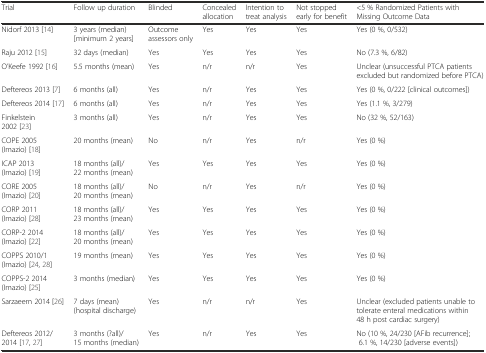
<table><thead><tr><td><b>Trial</b></td><td><b>Follow up duration</b></td><td><b>Blinded</b></td><td><b>Concealed allocation</b></td><td><b>Intention to treat analysis</b></td><td><b>Not stopped early for benefit</b></td><td><b>&lt;5 % Randomized Patients with Missing Outcome Data</b></td></tr></thead><tbody><tr><td>Nidorf 2013 [14]</td><td>3 years (median) [minimum 2 years]</td><td>Outcome assessors only</td><td>Yes</td><td>Yes</td><td>Yes</td><td>Yes (0 %, 0/532)</td></tr><tr><td>Raju 2012 [15]</td><td>32 days (median)</td><td>Yes</td><td>Yes</td><td>Yes</td><td>Yes</td><td>No (7.3 %, 6/82)</td></tr><tr><td>O’Keefe 1992 [16]</td><td>5.5 months (mean)</td><td>Yes</td><td>n/r</td><td>n/r</td><td>Yes</td><td>Unclear (unsuccessful PTCA patients excluded but randomized before PTCA)</td></tr><tr><td>Deftereos 2013 [7]</td><td>6 months (all)</td><td>Yes</td><td>n/r</td><td>Yes</td><td>Yes</td><td>Yes (0 %, 0/222 [clinical outcomes])</td></tr><tr><td>Deftereos 2014 [17]</td><td>6 months (all)</td><td>Yes</td><td>n/r</td><td>Yes</td><td>Yes</td><td>Yes (1.1 %, 3/279)</td></tr><tr><td>Finkelstein 2002 [23]</td><td>3 months (all)</td><td>Yes</td><td>n/r</td><td>Yes</td><td>Yes</td><td>No (32 %, 52/163)</td></tr><tr><td>COPE 2005 (Imazio) [18]</td><td>20 months (mean)</td><td>No</td><td>n/r</td><td>Yes</td><td>n/r</td><td>Yes (0 %)</td></tr><tr><td>ICAP 2013 (Imazio) [19]</td><td>18 months (all)/ 22 months (mean)</td><td>Yes</td><td>Yes</td><td>Yes</td><td>Yes</td><td>Yes (0 %)</td></tr><tr><td>CORE 2005 (Imazio) [20]</td><td>18 months (all)/ 20 months (mean)</td><td>No</td><td>n/r</td><td>Yes</td><td>n/r</td><td>Yes (0 %)</td></tr><tr><td>CORP 2011 (Imazio) [28]</td><td>18 months (all)/ 23 months (mean)</td><td>Yes</td><td>Yes</td><td>Yes</td><td>Yes</td><td>Yes (0 %)</td></tr><tr><td>CORP-2 2014 (Imazio) [22]</td><td>18 months (all)/ 20 months (mean)</td><td>Yes</td><td>Yes</td><td>Yes</td><td>Yes</td><td>Yes (0 %)</td></tr><tr><td>COPPS 2010/1 (Imazio) [24, 28]</td><td>19 months (mean)</td><td>Yes</td><td>Yes</td><td>Yes</td><td>Yes</td><td>Yes (0 %)</td></tr><tr><td>COPPS-2 2014 (Imazio) [25]</td><td>3 months (median)</td><td>Yes</td><td>Yes</td><td>Yes</td><td>Yes</td><td>Yes (0 %)</td></tr><tr><td>Sarzaeem 2014 [26]</td><td>7 days (mean) (hospital discharge)</td><td>Yes</td><td>n/r</td><td>n/r</td><td>Yes</td><td>Unclear (excluded patients unable to tolerate enteral medications within 48 h post cardiac surgery)</td></tr><tr><td>Deftereos 2012/ 2014 [17, 27]</td><td>3 months (?all)/ 15 months (median)</td><td>Yes</td><td>n/r</td><td>Yes</td><td>Yes</td><td>No (10 %, 24/230 [AFib recurrence]; 6.1 %, 14/230 [adverse events])</td></tr></tbody></table>